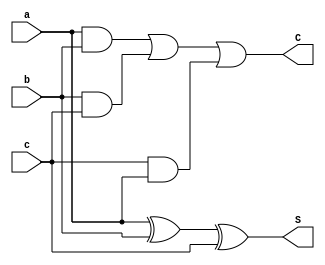
module fadder(a,b,c,S,C);
input a,b,c;
output S,C;
assign S=a^b^c;
assign C=a&b|b&c|c&a;
endmodule